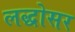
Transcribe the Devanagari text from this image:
लद्धोसर